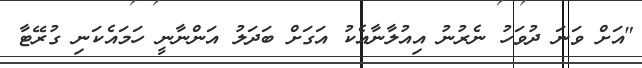
"އަށް ވަނަ ދުވަހު ނެރުނު އިއުލާނާއެކު އަގަށް ބަދަލު އަންނާނީ ހަމައެކަނި ގުރޭޓާ